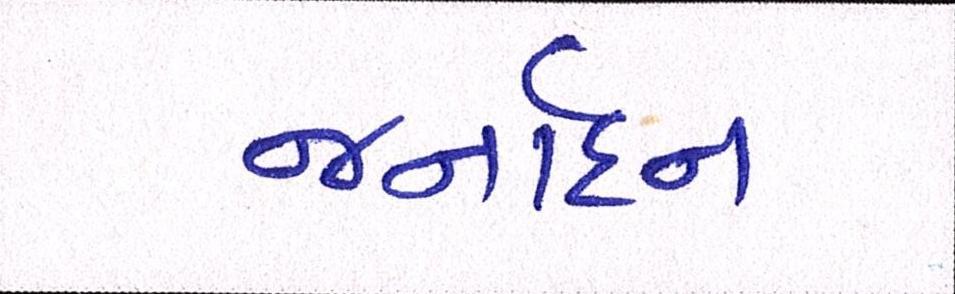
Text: જર્નાદન